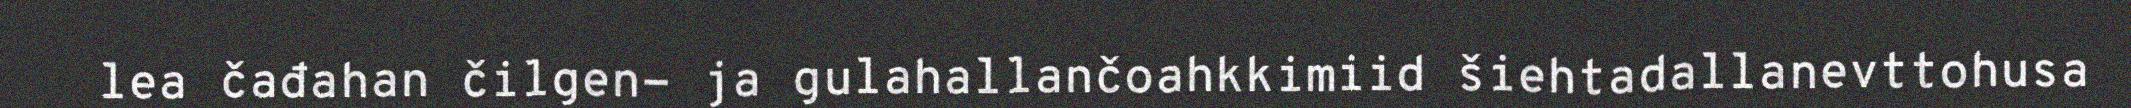
lea čađahan čilgen- ja gulahallančoahkkimiid šiehtadallanevttohusa